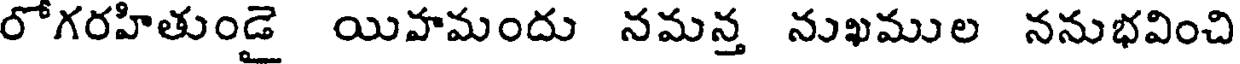
రోగరహితుండై యిహమందు నమన్త నుఖముల ననుభవించి